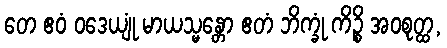
တေ ဧဝံ ဝဒေယျုံ မာယသ္မန္တော ဧတံ ဘိက္ခုံ ကိဉ္စိ အဝစုတ္ထ,